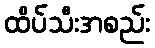
ထိပ်သီးအစည်း